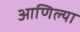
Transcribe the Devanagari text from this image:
आणिल्या